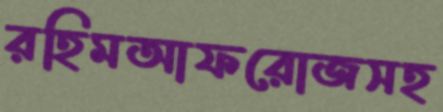
রহিমআফরোজসহ